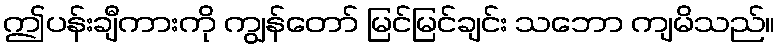
ဤပန်းချီကားကို ကျွန်တော် မြင်မြင်ချင်း သဘော ကျမိသည်။